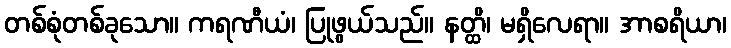
တစ်စုံတစ်ခုသော။ ကရဏီယံ၊ ပြုဖွယ်သည်။ နတ္ထိ၊ မရှိလေရာ။ အာစရိယာ၊